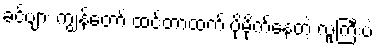
ခင်ဗျား ကျွန်တော် ထင်တာထက် ပိုမိုက်နေတဲ့ လူကြီးပဲ